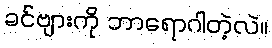
ခင်ဗျားကို ဘာရောဂါတဲ့လဲ။